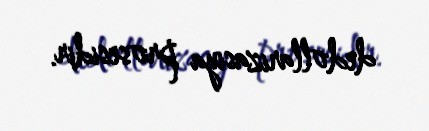
dedollarizasiya prosesidir.